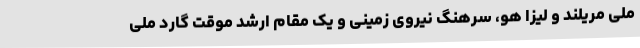
ملی مریلند و لیزا هو، سرهنگ نیروی زمینی و یک مقام ارشد موقت گارد ملی